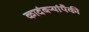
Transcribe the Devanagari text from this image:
कादंबऱ्यांपैकी